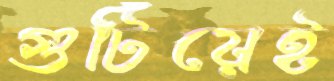
গুটিয়েই